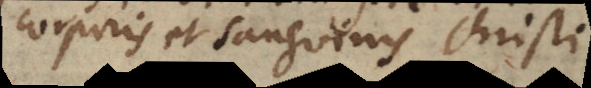
corporis et sanguinis Christi.